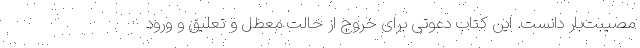
مصیبت‌بار دانست. این کتاب دعوتی برای خروج از حالت معطل و تعلیق و ورود